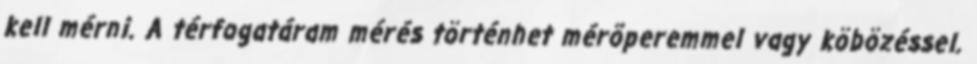
kell mérni. A térfogatáram mérés történhet mérõperemmel vagy köbözéssel.